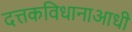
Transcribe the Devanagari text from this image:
दत्तकविधानाआधी